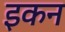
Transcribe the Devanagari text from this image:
इकन